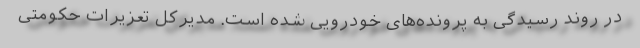
در روند رسیدگی به پرونده‌های خودرویی شده است. مدیرکل تعزیرات حکومتی